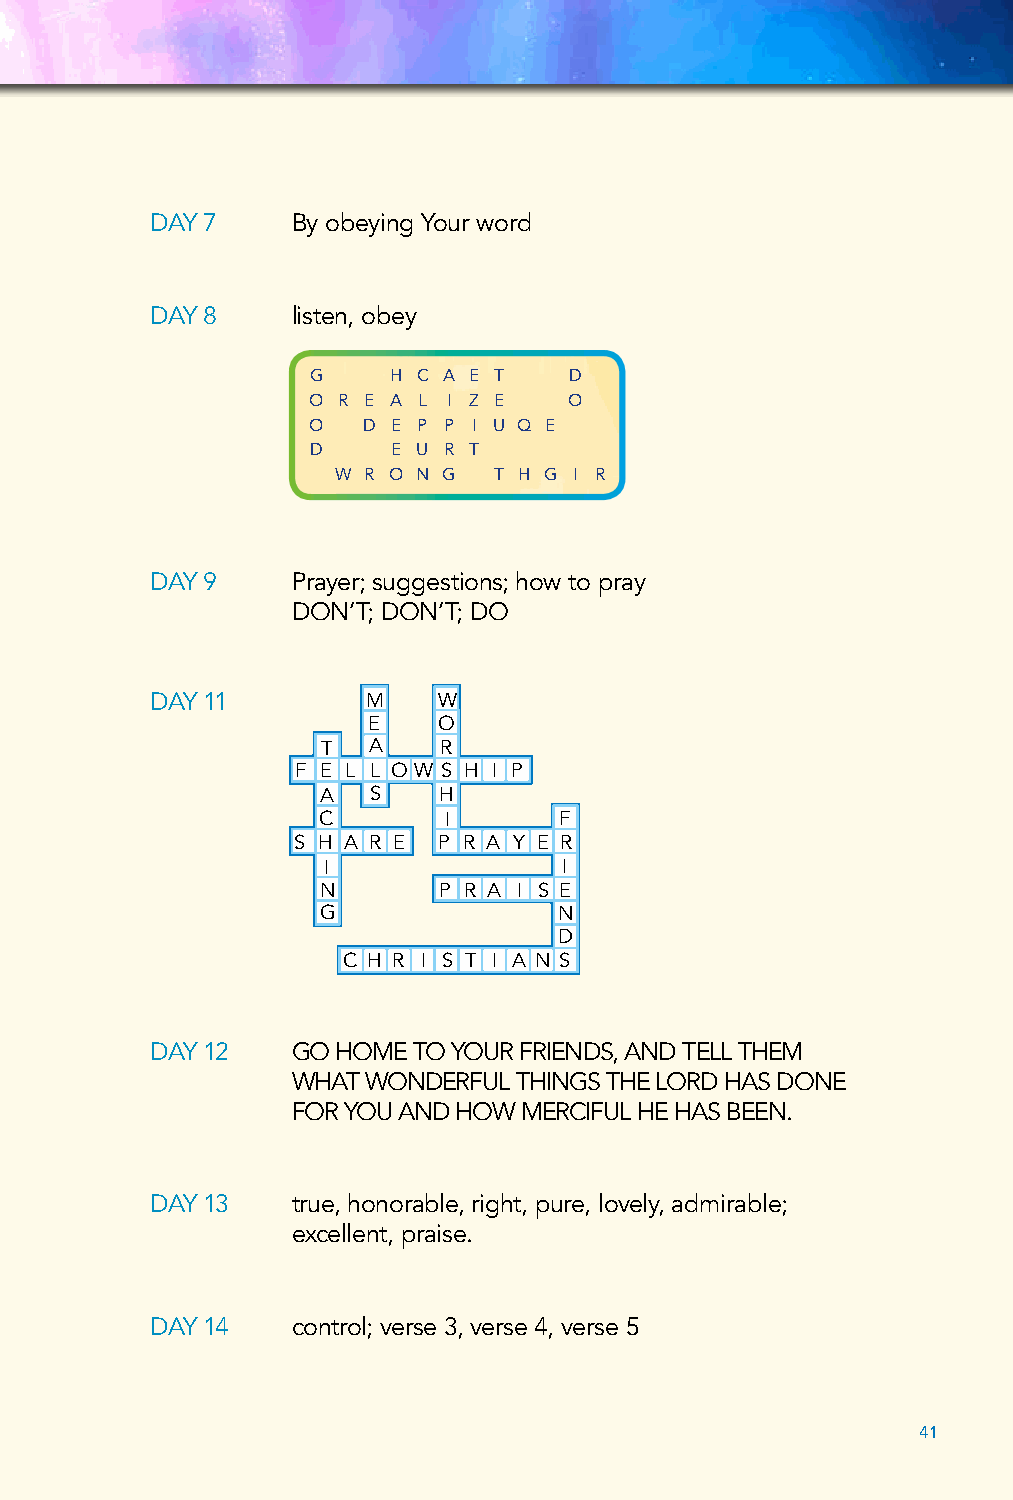
DAY 7    By obeying Your word
 DAY 8    listen, obey
 G    H C A E T   D
 O R E A L I Z E   O
 O   D E P P I U Q E
 D    E U R T
 W R O N G  T H G I R
 DAY 9    Prayer; suggestions; how to pray
 DON’T; DON’T; DO
 DAY 11        M    W
 E    O
 T  A    R
 F E L L O W S H I P
 A  S    H
 C       I       F
 S H A R E P R A Y E R
 I               I
 N       P R A I S E
 G               N
 D
 C H R I S T I A N S
 DAY 12   G O HOME TO YOUR FRIENDS, AND TELL THEM
 WHAT WONDERFUL THINGS THE LORD HAS DONE
 FOR YOU AND HOW MERCIFUL HE HAS BEEN.
 DAY 13   t rue, honorable, right, pure, lovely, admirable;
 excellent, praise.
 DAY 14   control; verse 3, verse 4, verse 5
 41